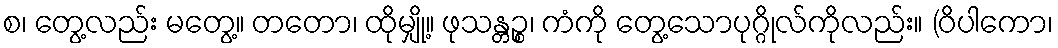
စ၊ တွေ့လည်း မတွေ့။ တတော၊ ထိုမျှို့။ ဖုသန္တဉ္စ၊ ကံကို တွေ့သောပုဂ္ဂိုလ်ကိုလည်း။ (ဝိပါကော၊